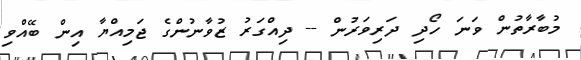
މުބާރާތުން ވަނަ ހޯދި ދަރިވަރުން -- ދިއްގަރު ޒުވާނުންގެ ޖަމިއްޔާ އިން ބޭއްވި